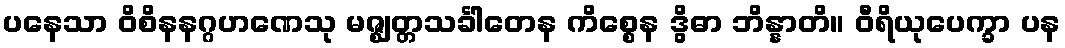
ပနေသာ ဝိစိနနဂ္ဂဟဏေသု မဇ္ဈတ္တသင်္ခါတေန ကိစ္စေန ဒွိဓာ ဘိန္နာတိ။ ဝီရိယုပေက္ခာ ပန